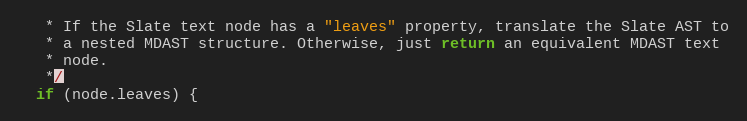
Language: JavaScript
   * If the Slate text node has a "leaves" property, translate the Slate AST to
   * a nested MDAST structure. Otherwise, just return an equivalent MDAST text
   * node.
   */
  if (node.leaves) {